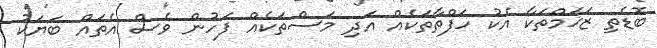
ބޮޑެތި ޒަޚަމްތަކާ އެކު ހަފްތާތަކެއް އަދި މަސްތަކެއް ފަހުން ވެސް އެތައް ބަޔަކު